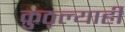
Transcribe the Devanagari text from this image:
कुठ्ल्याही